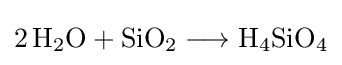
{2\,\mathrm {H} {\vphantom {A}}_{\smash[{t}]{2}}\mathrm {O} {}+{}\mathrm {SiO} {\vphantom {A}}_{\smash[{t}]{2}}{}\mathrel {\longrightarrow } {}\mathrm {H} {\vphantom {A}}_{\smash[{t}]{4}}\mathrm {SiO} {\vphantom {A}}_{\smash[{t}]{4}}}